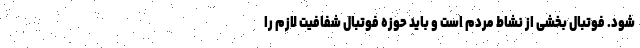
شود. فوتبال بخشی از نشاط مردم است و باید حوزه فوتبال شفافیت لازم را